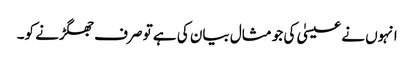
انہوں نے عیسیٰ کی جو مثال بیان کی ہے تو صرف جھگڑنے کو۔